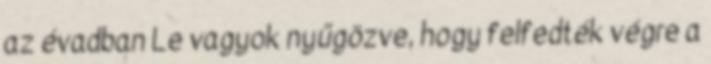
az évadban Le vagyok nyűgözve, hogy felfedték végre a